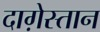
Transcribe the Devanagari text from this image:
दाग़ेस्तान